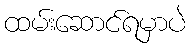
ထမ်းဆောင်ရမှာပဲ